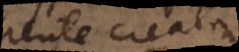
Mente creata